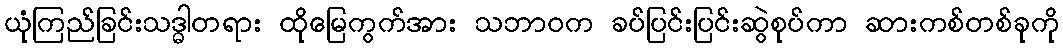
ယုံကြည်ခြင်းသဒ္ဓါတရား ထိုမြေကွက်အား သဘာဝက ခပ်ပြင်းပြင်းဆွဲစုပ်ကာ ဆားကစ်တစ်ခုကို